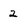
Character: 2